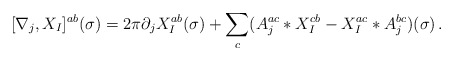
\begin{align*}[\nabla_{j}, X_{I}]^{ab}(\sigma ) = 2\pi \partial_{j}X_{I}^{ab}(\sigma ) + \sum_{c}(A_{j}^{ac}\ast X^{cb}_{I} - X_{I}^{ac}\ast A_{j}^{bc} )(\sigma) \, .\end{align*}